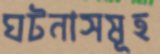
ঘটনাসমূহ